Annual report of the Punjab Veterinary College and of the Civil Veterinary Department, Punjab - 1920-1925
Year: 1920
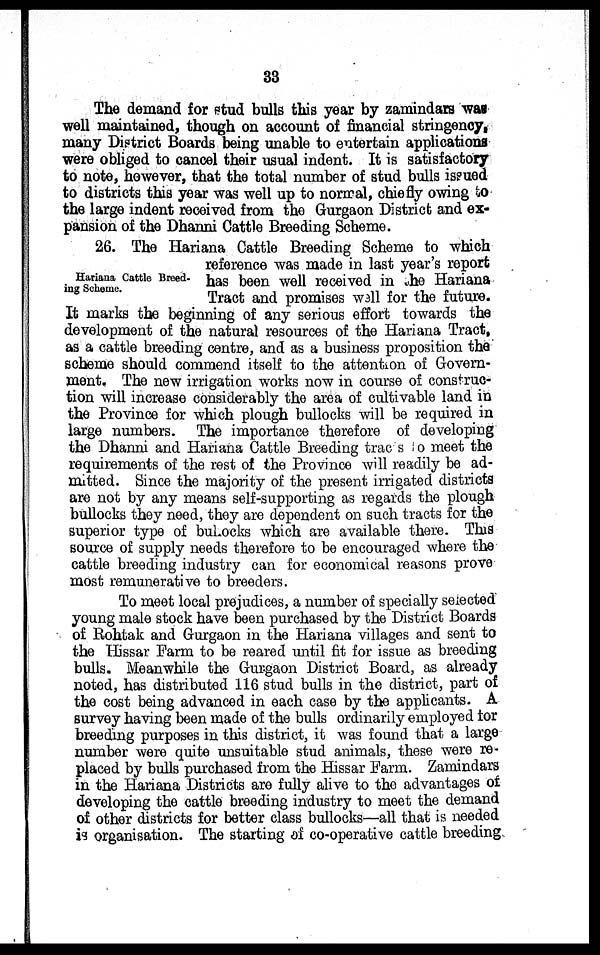
33
The demand for stud bulls this year by zamindars was
well maintained, though on account of financial stringency,
many District Boards being unable to entertain applications
were obliged to cancel their usual indent. It is satisfactory
to note, however, that the total number of stud bulls issued
to districts this year was well up to normal, chiefly owing to
the large indent received from the Gurgaon District and ex-
pansion of the Dhanni Cattle Breeding Scheme.
Hariana Cattle Breed-
ing Scheme.
26. The Hariana Cattle Breeding Scheme to which
reference was made in last year's report
has been well received in the Hariana
Tract and promises well for the future.
It marks the beginning of any serious effort towards the
development of the natural resources of the Hariana Tract,
as a cattle breeding centre, and as a business proposition the
scheme should commend itself to the attention of Govern-
ment. The new irrigation works now in course of construc-
tion will increase considerably the area of cultivable land in
the Province for which plough bullocks will be required in
large numbers. The importance therefore of developing
the Dhanni and Hariana Cattle Breeding trac s o meet the
requirements of the rest of the Province will readily be ad-
mitted. Since the majority of the present irrigated districts
are not by any means self-supporting as regards the plough
bullocks they need, they are dependent on such tracts for the
superior type of bullocks which are available there. This
source of supply needs therefore to be encouraged where the
cattle breeding industry can for economical reasons prove
most remunerative to breeders.
To meet local prejudices, a number of specially selected
young male stock have been purchased by the District Boards
of Rohtak and Gurgaon in the Hariana villages and sent to
the Hissar Farm to be reared until fit for issue as breeding
bulls. Meanwhile the Gurgaon District Board, as already
noted, has distributed 116 stud bulls in the district, part of
the cost being advanced in each case by the applicants. A
survey having been made of the bulls ordinarily employed for
breeding purposes in this district, it was found that a large
number were quite unsuitable stud animals, these were re-
placed by bulls purchased from the Hissar Farm. Zamindars
in the Hariana Districts are fully alive to the advantages of
developing the cattle breeding industry to meet the demand
of other districts for better class bullocks—all that is needed
is organisation. The starting of co-operative cattle breeding